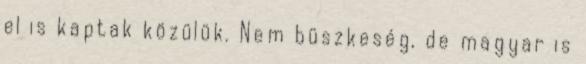
el is kaptak közülük. Nem büszkeség, de magyar is